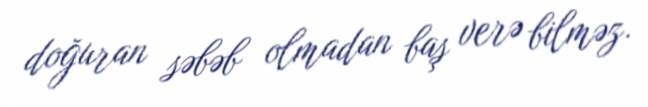
doğuran səbəb olmadan baş verə bilməz.